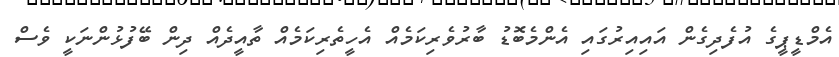
އެމްޑީޕީގެ އުފެދިގެން އައިއިރުގައި އެންމެބޮޑު ބާރުވެރިކަމެއް އެހީތެރިކަމެއް ތާއީދެއް ދިން ބޭފުޅުންނަކީ ވެސް